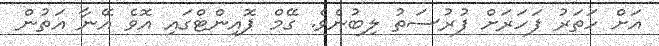
އަށް ހަތަރު ފަހަރަށް ފުރުސަތު ލިބުނެވެ. ގޭމް ޕޮއިންޓްގައި އޮވެ އޭނާ އަތުން